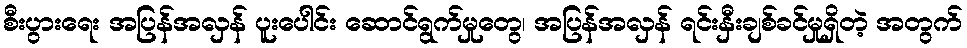
စီးပွားရေး အပြန်အလှန် ပူးပေါင်း ဆောင်ရွက်မှုတွေ၊ အပြန်အလှန် ရင်းနှီးချစ်ခင်မှုရှိတဲ့ အတွက်